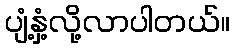
ပျံ့နှံ့လို့လာပါတယ်။